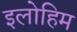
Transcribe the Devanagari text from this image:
इलोहिम